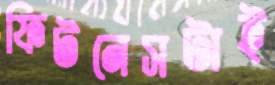
ফিটনেসটাই